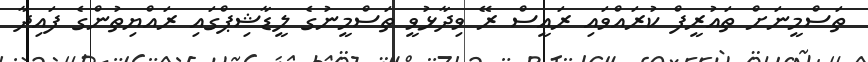
ތަސްމީނަށް ތައުރީފް ކުރައްވައި ރައީސް ރޭ ވިދާޅުވީ ތަސްމީނުގެ ލީޑާޝިޕްގައި ރައްޔިތުންގެ ފައިދާ